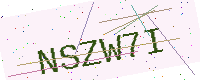
Text: NSZW7I